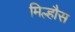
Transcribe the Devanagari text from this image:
मिल्हौस